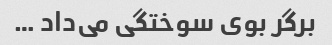
برگر بوی سوختگی می‌داد …